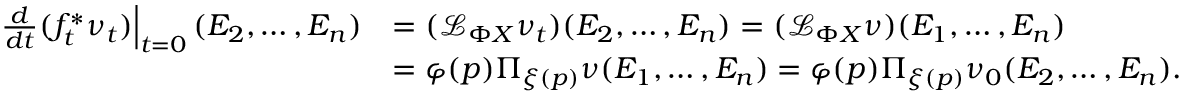
\begin{array} { r l } { \left. \frac { d } { d t } ( f _ { t } ^ { \ast } \nu _ { t } ) \right\vert _ { t = 0 } ( E _ { 2 } , \ldots , E _ { n } ) } & { = ( \mathcal { L } _ { \Phi X } \nu _ { t } ) ( E _ { 2 } , \ldots , E _ { n } ) = ( \mathcal { L } _ { \Phi X } \nu ) ( E _ { 1 } , \ldots , E _ { n } ) } \\ & { = \varphi ( p ) \Pi _ { \xi ( p ) } \nu ( E _ { 1 } , \ldots , E _ { n } ) = \varphi ( p ) \Pi _ { \xi ( p ) } \nu _ { 0 } ( E _ { 2 } , \ldots , E _ { n } ) . } \end{array}